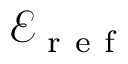
\mathcal { E } _ { \mathrm { ~ r ~ e ~ f ~ } }